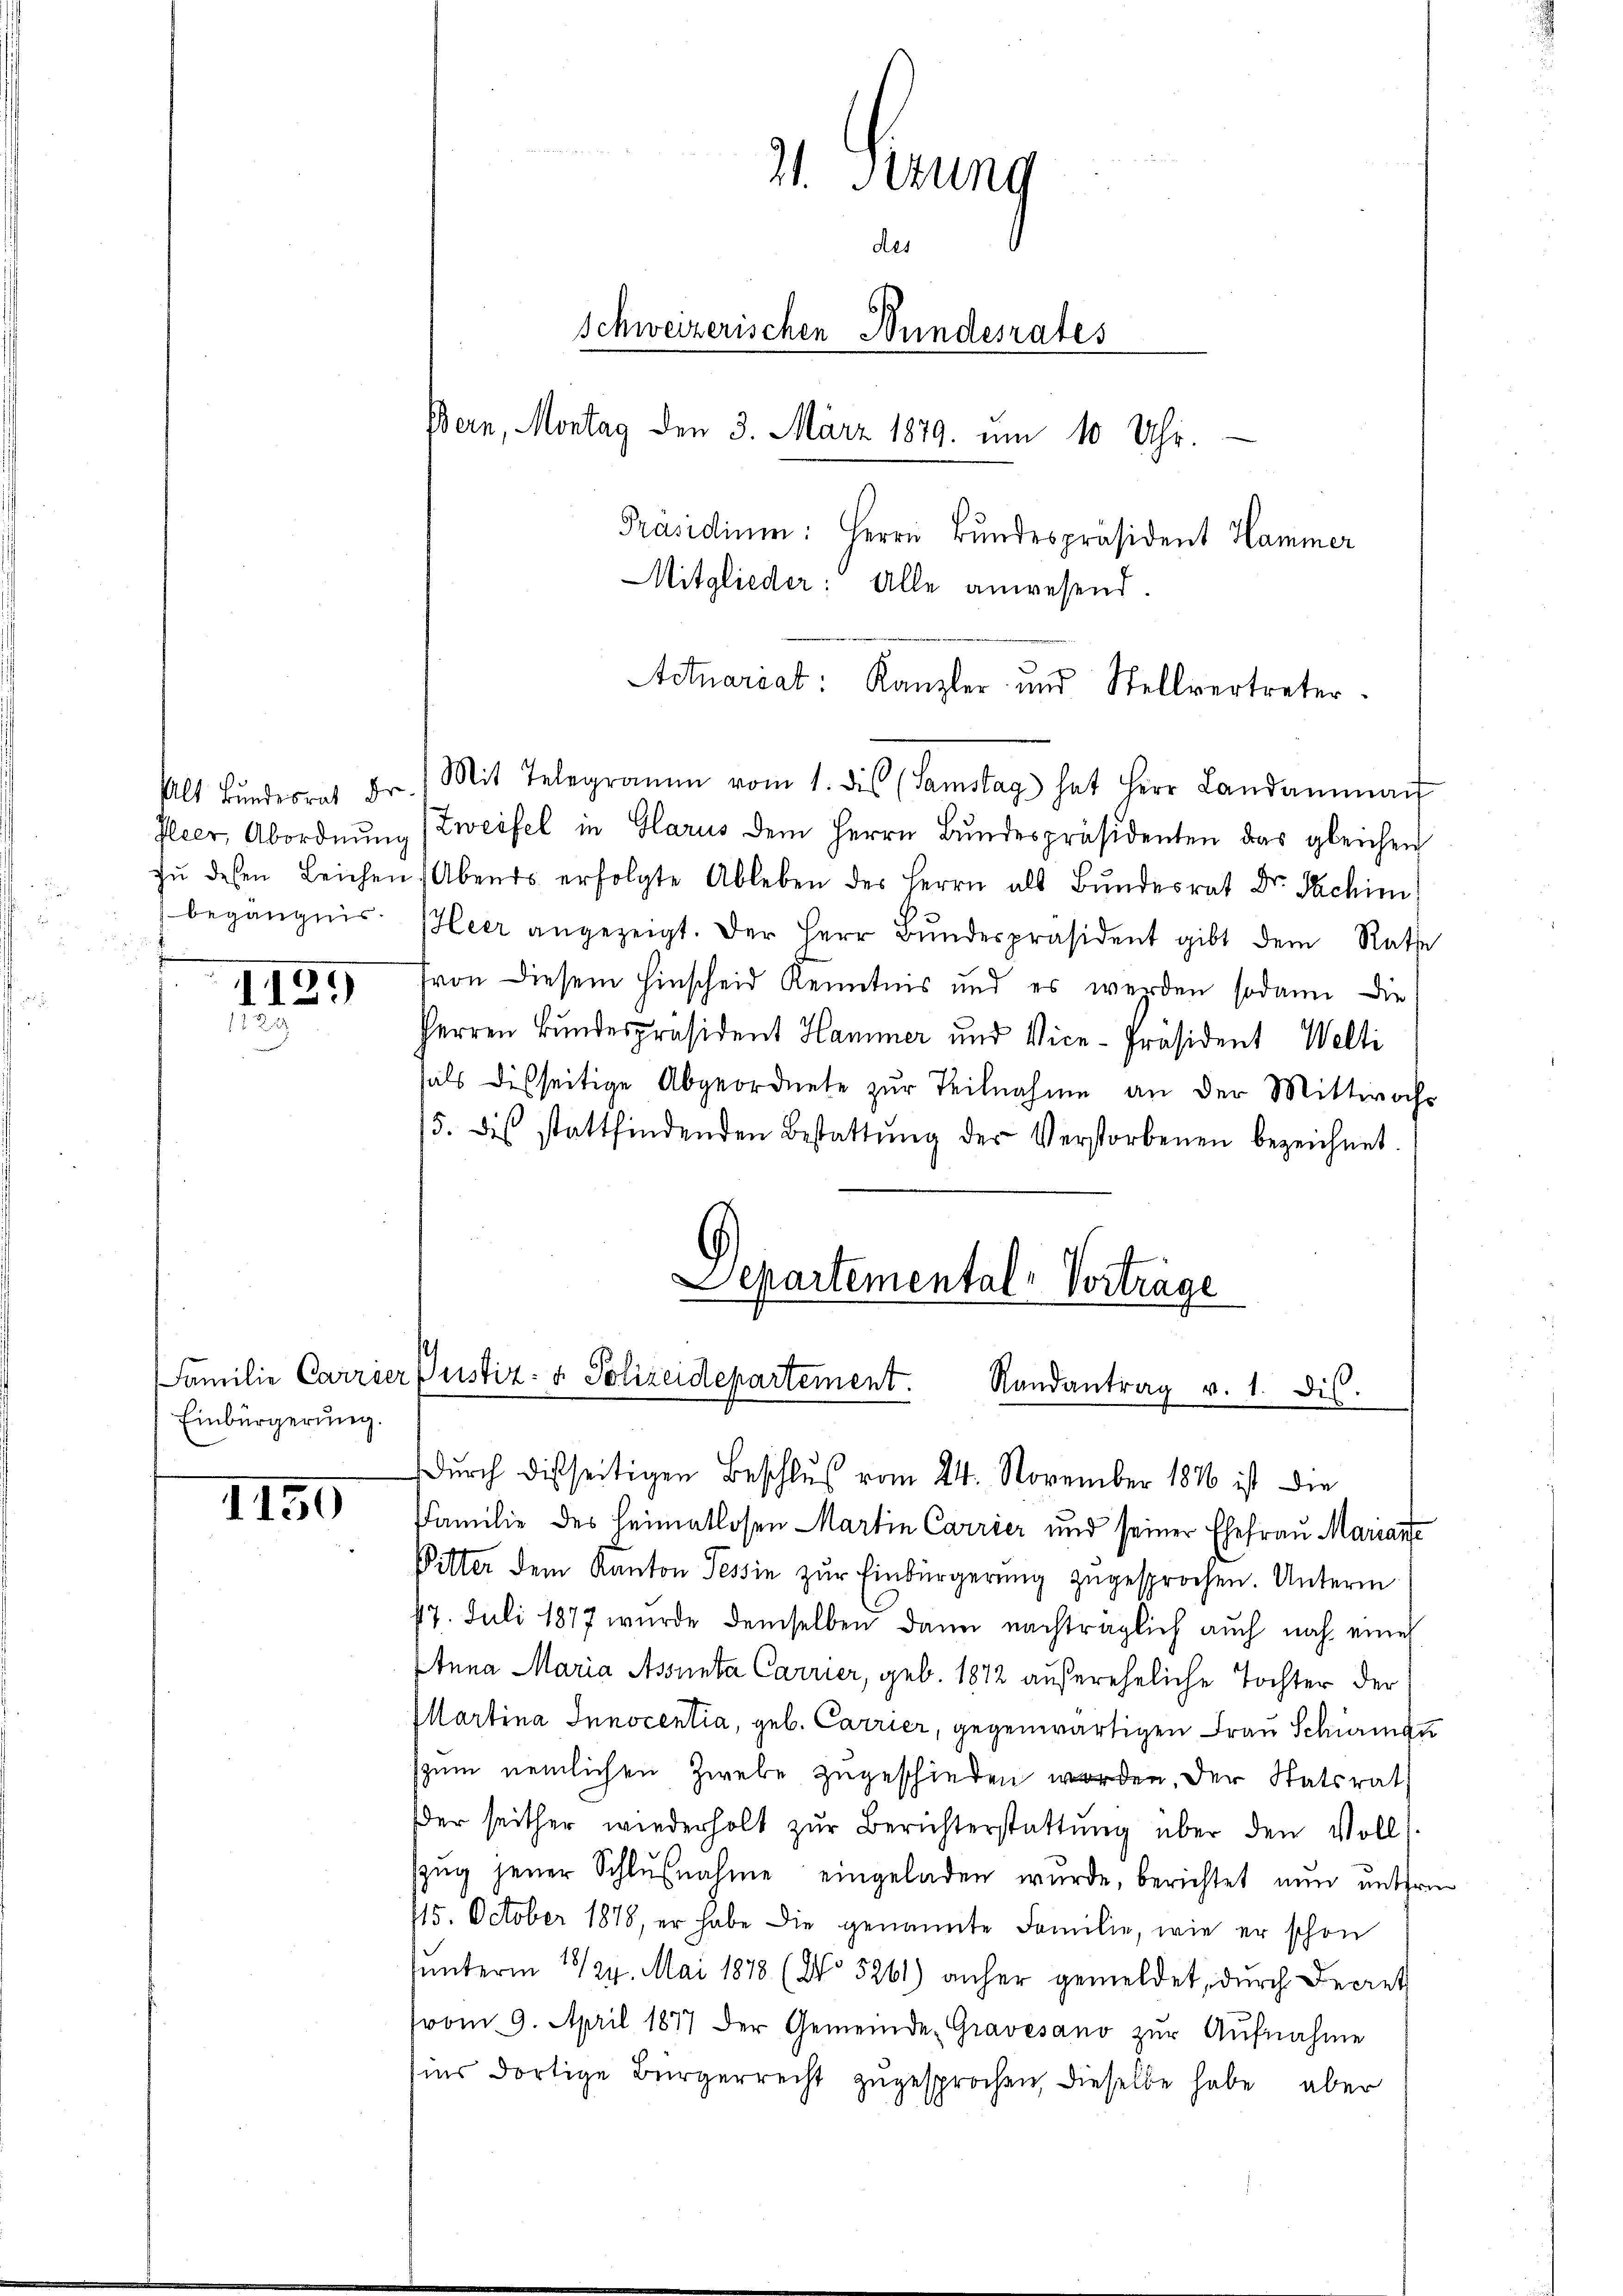
I129
2

Einbürgerung.

1150

21. Ferung
des
Schweizerischen Bundesrates
Bern, Montag den 3. März 1879. um 10 Uhr.
Präsidium: Herrn Bundespräsident Hammer
Mitglieder: Alle anwesend.

Actuariat: Kanzler und Stellvertreter.

Alt Bŭndesrat Dr. Mit Telegramm vom 1. des (Samstag hat Herr Landamman
Pleer, Abordnŭng (Zweifel in Glarus dem Herrn Bŭndespräsidenten das gleichen
zŭ desen Leichen. Abends erfolgte Ableben des Herrn als Bŭndesrat Dr. Fachim
begängnis. Heer angezeigt. Der Herr Bŭndespräsident gibt dem Rathe
von diesem Hinscheid Kenntnis und es werden sodann die
Perren Bundespräsident Hammer und Vice-Präsident Welti
hals disseitige Abgeordnete zur Teilnahme an der Mittwoche
15. des stattfindenden Bestattŭng der Verstorbenen bezeichnet.
Departemental-Vortrage

Familie Carrier Justiz- & Polizeidepartement. Randantrag v. 1. dis.

dŭrch disseitigen Beschluß vom 24. November 1890 ist die
Familie des Heimatlosen Martin Carrier und seiner Ehefrau Mariante
Pitter dem Kanton Tessin zŭr Einbürgerŭng zugesprochen. Unterm
77. Juli 1877 wurde demselben dann nachträglich auch noch eine
Anna Maria Assenta Carrier, geb. 1872 außereheliche Tochter der
Martina Innocentia, geb. Carrier, gegenwärtigen Frau Schirmen
szum nemlichen Zweke zugeschieden worden, der Statsrat
Der seither wiederholt zŭr Berichterstattŭng über den Voll
Zzŭg jener Schlŭβnahme eingeladen wurde, berichtet nun unterm
115. October 1878, er habe die genannte Familie, wie er schon
unterm 28/29. Mai 1878 (No 5261) anher gemeldet, durch Decret
vom 9. April 1877 der Gemeinde Gravesano zŭr Aŭfnahme
sins dortige Bürgerrecht zugesprochen, dieselbe habe aber